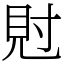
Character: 䙸